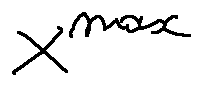
X ^ { m a x }